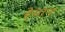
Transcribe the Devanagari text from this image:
हेयान